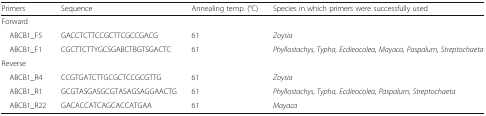
| Primers | Sequence | Annealing temp. (°C) | Species in which primers were successfully used |
 | --- | --- | --- | --- |
 | <COLSPAN=4> Forward |
 | ABCB1_F5 | GACCTCTTCCGCTTCGCCGACG | 61 | Zoysia |
 | ABCB1_F1 | CGCTTCTTYGCSGABCTBGTSGACTC | 61 | Phyllostachys, Typha, Ecdieocolea, Mayaca, Paspalum, Streptochaeta |
 | <COLSPAN=4> Reverse |
 | ABCB1_R4 | CCGTGATCTTGCGCTCCGCGTTG | 61 | Zoysia |
 | ABCB1_R1 | GCGTASGASGCGTASAGSAGGAACTG | 61 | Phyllostachys, Typha, Ecdieocolea, Paspalum, Streptochaeta |
 | ABCB1_R22 | GACACCATCAGCACCATGAA | 61 | Mayaca |